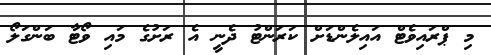
މި ޕްރައިވެޓް އައިލެންޑަަށް ކަރަންޓު ދެނީ އެ ރަށުގެ މައި ވޯޓާ ބަންގަލޯ